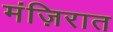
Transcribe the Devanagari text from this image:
मंज़िरात